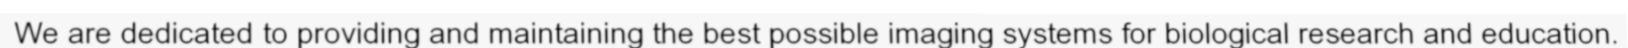
We are dedicated to providing and maintaining the best possible imaging systems for biological research and education.